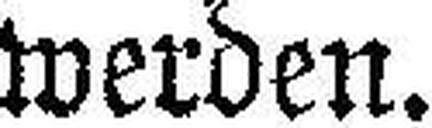
werden.